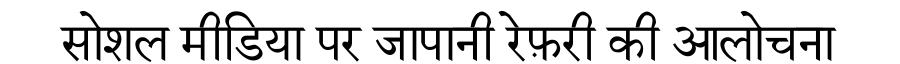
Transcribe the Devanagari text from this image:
सोशल मीडिया पर जापानी रेफ़री की आलोचना